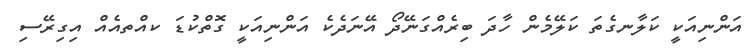
އަންނިއަކީ ކަލާނގެތަ ކަލޭމެން ހާދަ ބިރެއްގަނޭދޯ އޭނަދެކެ އަންނިއަކީ ގޮތްކުޑަ ކއްތއެއް އިގިރޭސި